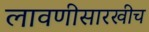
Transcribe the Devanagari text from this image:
लावणीसारखीच